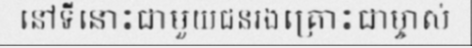
នៅទីនោះជាមួយជនរងគ្រោះជាម្ចាស់